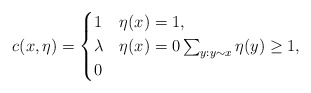
\begin{align*}c(x,\eta)=\begin{cases}1&\eta(x)=1,\\\lambda & \eta(x)=0\sum_{y:y\sim x}\eta(y)\geq 1,\\0&\end{cases}\end{align*}